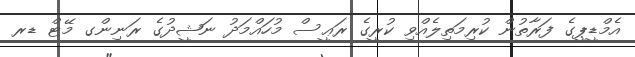
އެމްޑީޕީގެ ފަރާތުން ކުރިމަތިލެއްވި ކުރީގެ ރަޢީސް މުހައްމަދު ނަޝީދުގެ ރަނިންގ މޭޓް ޑރ